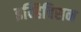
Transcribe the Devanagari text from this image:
इन्हिबिसन